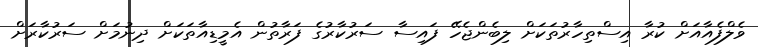
ވެލްފެއާއަށް ކުރާ އިސްތިހާރުތަކަށް ލިބެންޖެހޭ ފައިސާ ސަރުކާރުގެ ފަރާތުން އެމީޑިއާތަކަށް ދިނުމަށް ސަރުކާރަށް